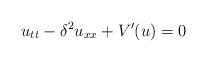
LaTeX: \begin{align*} u_{tt} - \delta^2 u_{xx} + V'(u) = 0\end{align*}